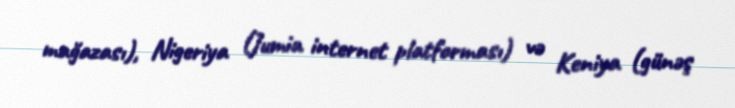
mağazası), Nigeriya (Jumia internet platforması) və Keniya (günəş